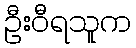
ဦးဝီရသူက